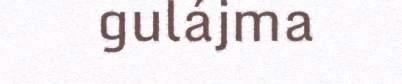
gulájma